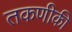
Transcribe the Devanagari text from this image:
तकणीकी